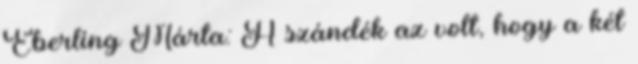
Éberling Márta: A szándék az volt, hogy a két